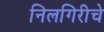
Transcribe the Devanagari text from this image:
निलगिरीचे